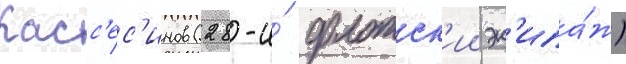
Касс'ес'инов (28-и́ флотск'ии эк'ипа́ж)